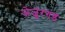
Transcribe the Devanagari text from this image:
जेजूरगड